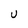
Character: U